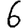
Digit: 6